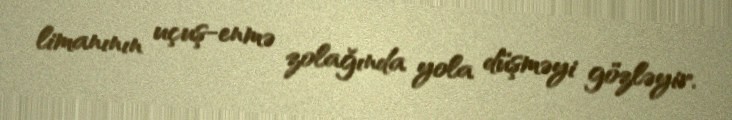
limanının uçuş-enmə zolağında yola düşməyi gözləyir.